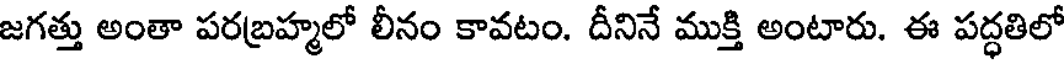
జగత్తు అంతా పరబ్రహ్మలో లీనం కావటం. దీనినే ముక్తి అంటారు. ఈ పద్ధతిలో